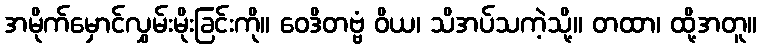
အမိုက်မှောင်လွှမ်းမိုးခြင်းကို။ ဝေဒိတဗ္ဗံ ဝိယ၊ သိအပ်သကဲ့သို့။ တထာ၊ ထို့အတူ။